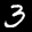
Label: 3